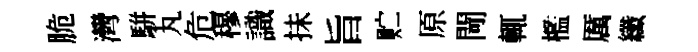
脆灣駢丸危穆識抺旨贮原閜輒檻厲纖